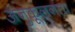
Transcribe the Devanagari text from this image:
अनुकूलनता